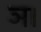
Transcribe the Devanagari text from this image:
ञ।